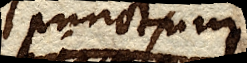
punctum